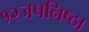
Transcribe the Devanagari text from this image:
१२जपनिष्ठा